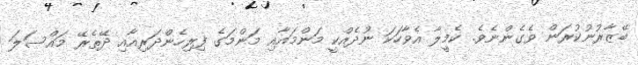
ބޭޒާރުނުކުރަން ވެގެންނެވެ. ކެމީލާ އެވާހަކަ ނުދެއްކީ މަންމައާއި މަންމަގެ ފިރިހެންދަރިއާއި ދޭތެރޭ މައްސަލަ